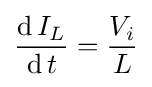
{\frac {\operatorname {d} I_{L}}{\operatorname {d} t}}={\frac {V_{i}}{L}}